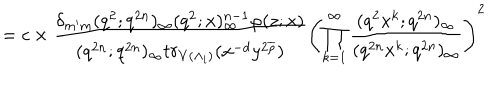
\hspace { . 4 i n } = c \times \frac { \delta _ { m ^ { \prime } m } ( q ^ { 2 } ; q ^ { 2 n } ) _ { \infty } ( q ^ { 2 } ; x ) _ { \infty } ^ { n - 1 } \varphi ( z ; x ) } { ( q ^ { 2 n } ; q ^ { 2 n } ) _ { \infty } t r _ { V ( \Lambda _ { i } ) } ( x ^ { - d } y ^ { 2 \overline { { { \rho } } } } ) } \left( \prod _ { k = 1 } ^ { \infty } \frac { ( q ^ { 2 } x ^ { k } ; q ^ { 2 n } ) _ { \infty } } { ( q ^ { 2 n } x ^ { k } ; q ^ { 2 n } ) _ { \infty } } \right) ^ { 2 }